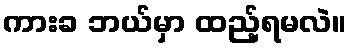
ကားခ ဘယ်မှာ ထည့်ရမလဲ။